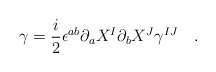
\begin{align*}\gamma =\frac{i}{2}\epsilon^{ab}\partial_aX^I\partial_bX^J\gamma^{IJ}~~~.\end{align*}